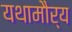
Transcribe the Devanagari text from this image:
यथामौर्य